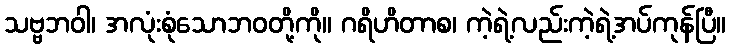
သဗ္ဗဘဝါ၊ အလုံးစုံသောဘဝတို့ကို။ ဂရိဟိတာစ၊ ကဲ့ရဲ့လည်းကဲ့ရဲ့အပ်ကုန်ပြီ။